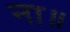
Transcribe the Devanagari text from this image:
ना॥